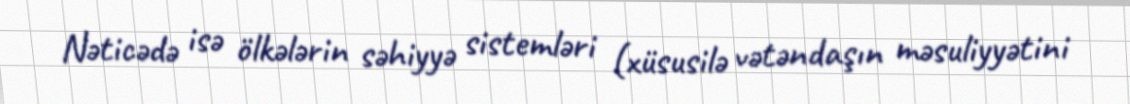
Nəticədə isə ölkələrin səhiyyə sistemləri (xüsusilə vətəndaşın məsuliyyətini